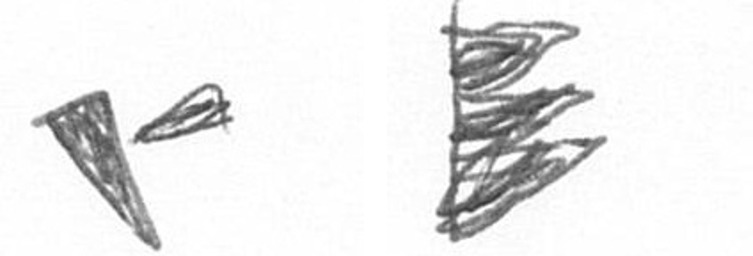
F H